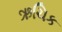
ઋચિક